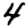
Digit: 4